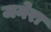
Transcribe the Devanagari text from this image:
जनेरा